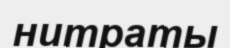
нитраты